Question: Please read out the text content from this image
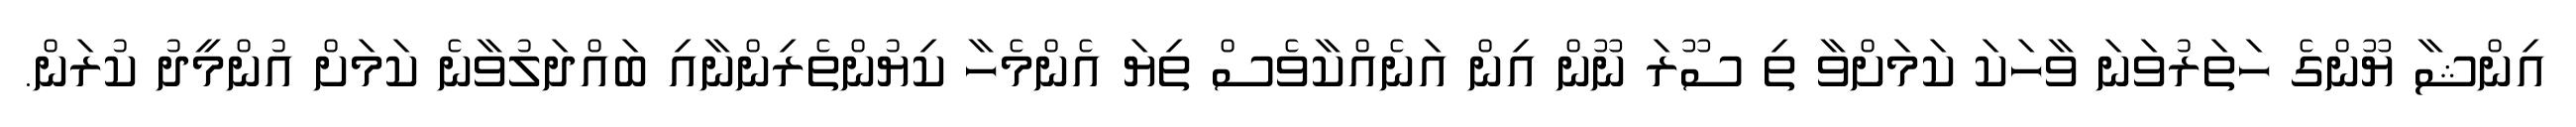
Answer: އިންޝާ ޔޫންގެ ހަތަރުވަނަ ވާހަކަ ކަމަށްވާ ތި ސޫރަ ނޫން އިން އަނެއްކާވެސް ތިޔަ އެންމެހާ ކިޔުންތެރިންނާއި ބައްދަލުވާނެ ކަމަށް އުންމީދު ކުރަން.